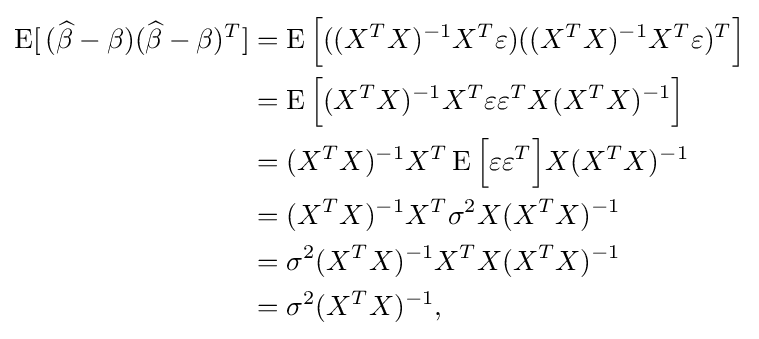
{\begin{aligned}\operatorname {E} [\,({\widehat {\beta }}-\beta )({\widehat {\beta }}-\beta )^{T}]&=\operatorname {E} {\Big [}((X^{T}X)^{-1}X^{T}\varepsilon )((X^{T}X)^{-1}X^{T}\varepsilon )^{T}{\Big ]}\\&=\operatorname {E} {\Big [}(X^{T}X)^{-1}X^{T}\varepsilon \varepsilon ^{T}X(X^{T}X)^{-1}{\Big ]}\\&=(X^{T}X)^{-1}X^{T}\operatorname {E} {\Big [}\varepsilon \varepsilon ^{T}{\Big ]}X(X^{T}X)^{-1}\\&=(X^{T}X)^{-1}X^{T}\sigma ^{2}X(X^{T}X)^{-1}\\&=\sigma ^{2}(X^{T}X)^{-1}X^{T}X(X^{T}X)^{-1}\\&=\sigma ^{2}(X^{T}X)^{-1},\end{aligned}}